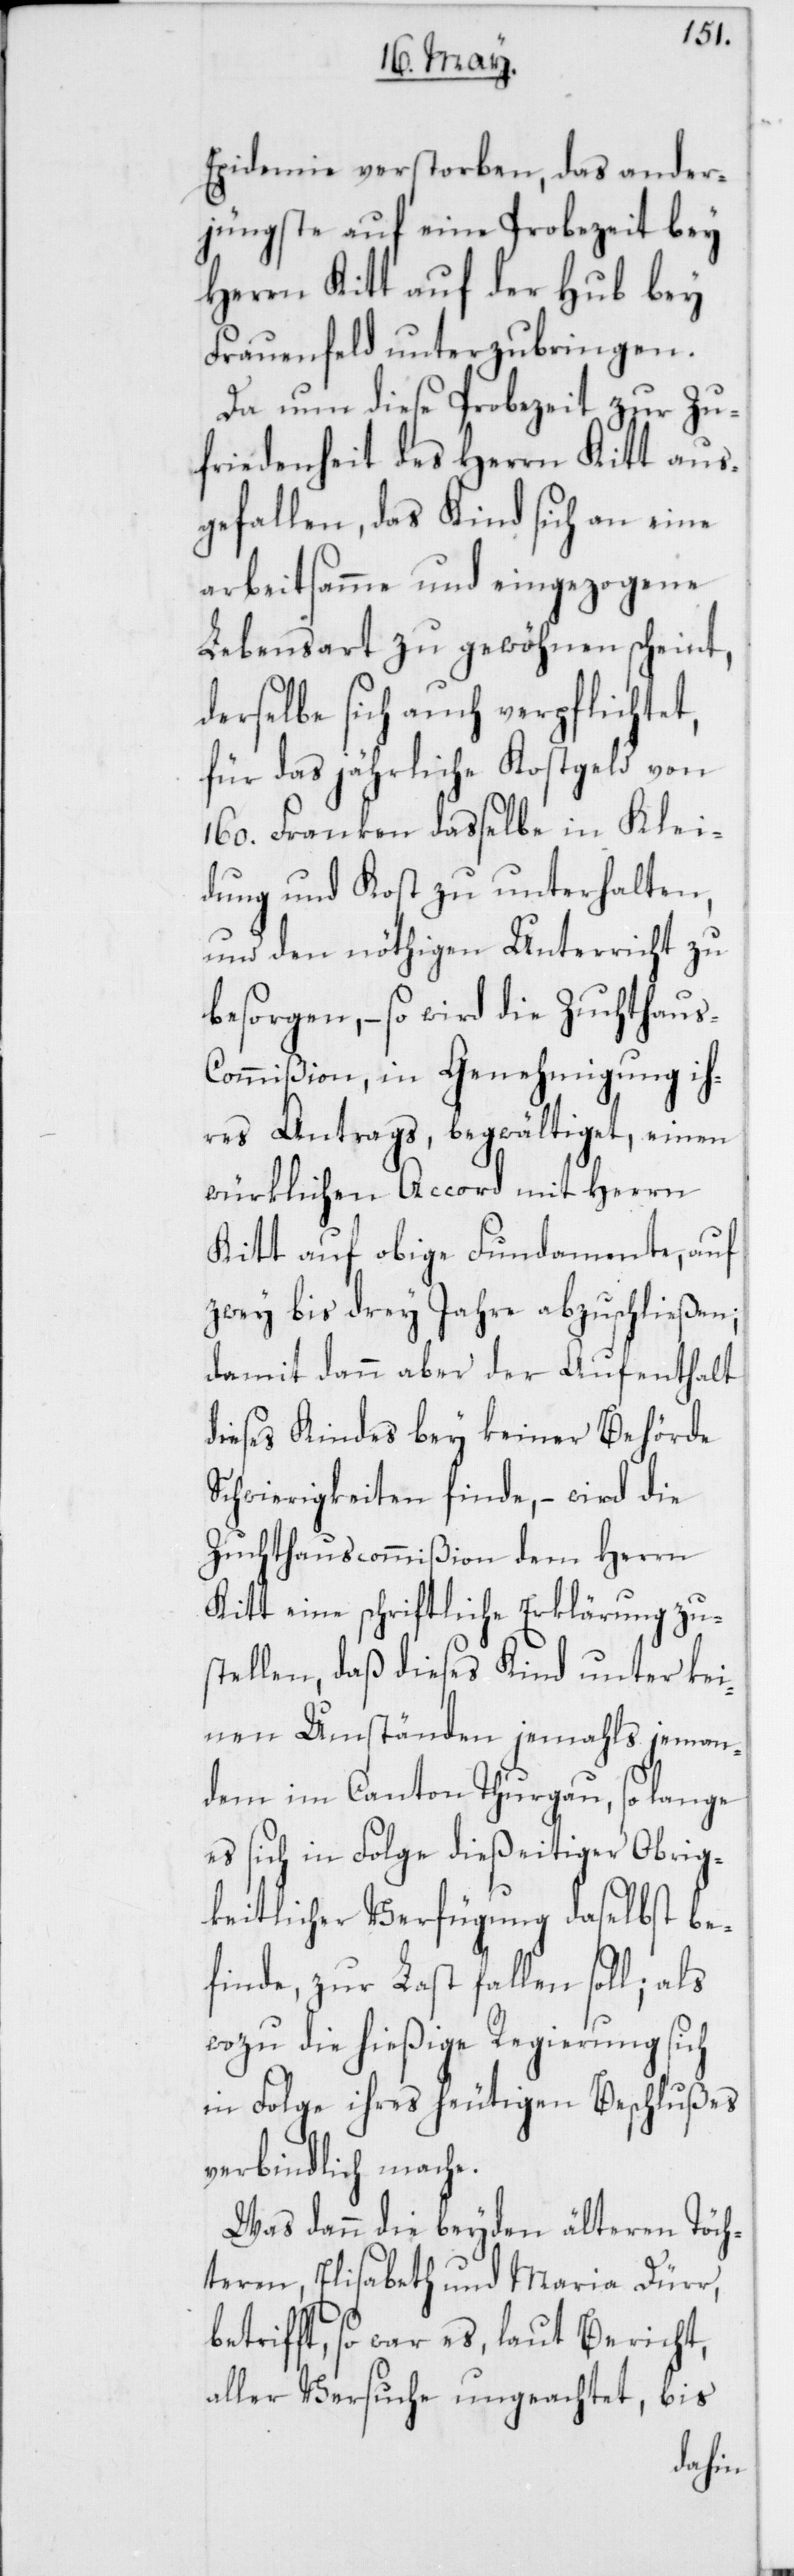
Epidemie verstorben, das ander¬
jüngste auf eine Probezeit bey
Herrn Kitt auf der Hub bey
Frauenfeld unterzubringen.
Da nun diese Probezeit zur Zu¬
friedenheit des Herrn Kitt aus¬
gefallen, das Kind sich an eine
arbeitsamme und eingezogene
Lebensart zu gewöhnen scheint,
derselbe sich auch verpflichtet,
für das jährliche Kostgeld von
160. Franken dasselbe in Klei¬
dung und Kost zu unterhalten,
und den nöthigen Unterricht zu
besorgen, – so wird die Zuchthaus-C¬
ommißion, in Genehmigung ih¬
res Antrags, begwältiget, einen
würklichen Accord mit Herrn
Kitt auf obige Fundamente, auf
zwey bis drey Jahre abzuschließen,
damit dann aber der Aufenthalt
dieses Kindes bey keiner Behörde
Schwierigkeiten finde, – wird die
Zuchthauscommißion dem Herrn
Kitt eine schriftliche Erklärung zu¬
stellen, daß dieses Kind unter kei¬
nen Umständen jemahls jeman¬
dem im Canton Thurgau, so lange
es sich in Folge dießeitiger Obrig¬
keitlicher Verfügung daselbst be¬
finde, zur Last fallen soll; als
wozu die hießige Regierung sich
in Folge ihres heutigen Beschlußes
verbindlich mache.
Was dann die beyden älteren Töch¬
teren, Elisabeth und Maria Dürr,
betrifft, so war es, laut Bericht,
aller Versuche ungeachtet, bis